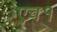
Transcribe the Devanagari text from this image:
एच१